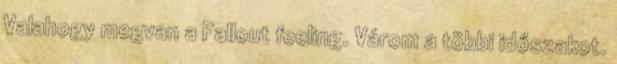
Valahogy megvan a Fallout feeling. Várom a többi időszakot.